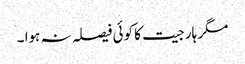
مگر ہار جیت کا کوئی فیصلہ نہ ہوا ۔